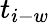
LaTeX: t_{i-w}